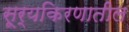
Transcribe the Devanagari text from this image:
सूर्यकिरणातील